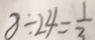
8 \div 2 4 = \frac { 1 } { 3 }